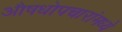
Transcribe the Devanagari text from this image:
औषधोपचारांमध्ये